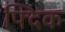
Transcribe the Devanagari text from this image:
फ्दिक